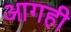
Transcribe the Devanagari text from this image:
आगही